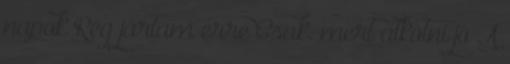
napok Rég jártam erre Csak, mert alkotni jó A